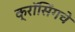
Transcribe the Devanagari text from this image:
क्रॉसिंगचे